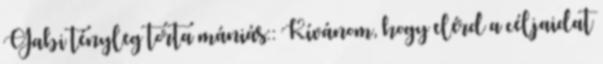
Gabi tényleg torta mániás:: Kívánom, hogy elérd a céljaidat